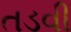
તડવી